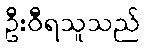
ဦးဝီရသူသည်